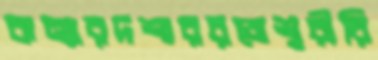
কন্যারদশাররজেশ্বরীরি